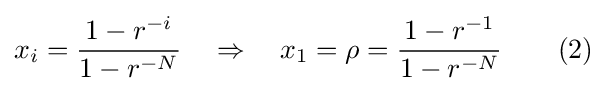
x_{i}={\frac {1-r^{-i}}{1-r^{-N}}}\quad \Rightarrow \quad x_{1}=\rho ={\frac {1-r^{-1}}{1-r^{-N}}}\qquad {\text{(2)}}